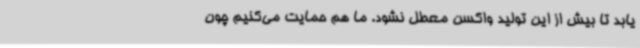
یابد تا بیش از این تولید واکسن معطل نشود. ما هم حمایت می‌کنیم چون